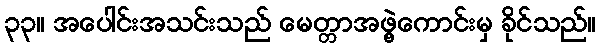
၃၃။ အပေါင်းအသင်းသည် မေတ္တာအဖွဲ့ကောင်းမှ ခိုင်သည်။